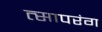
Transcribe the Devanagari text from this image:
त्सापरंग